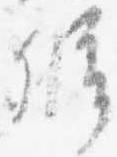
弁